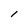
Character: 1